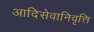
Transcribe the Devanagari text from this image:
आदिसेवानिवृत्ति